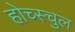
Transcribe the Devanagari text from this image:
होच्स्चुल